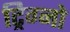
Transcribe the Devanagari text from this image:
ट्रिग्नो